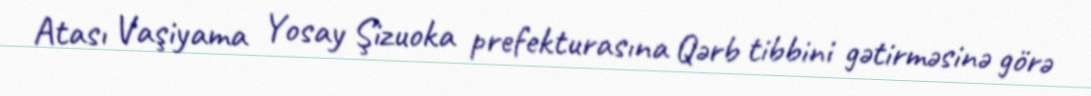
Atası Vaşiyama Yosay Şizuoka prefekturasına Qərb tibbini gətirməsinə görə